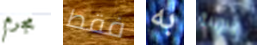
مجرم فقط به مرورية